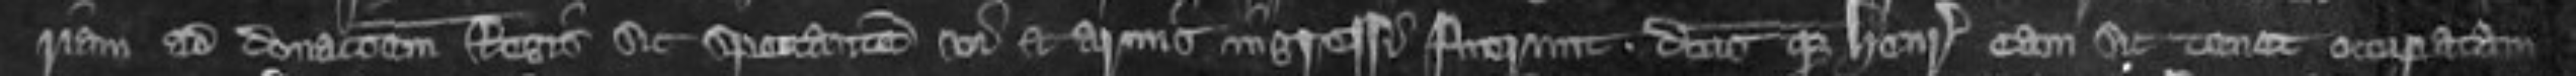
vicariam ad donacionem Regis sic spectantem vi et armis ingressi fuerunt dictusque Henricus eam sic tenet occupatam